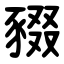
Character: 䝌